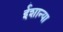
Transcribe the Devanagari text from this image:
ईशान्या